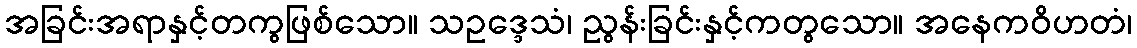
အခြင်းအရာနှင့်တကွဖြစ်သော။ သဥဒ္ဒေသံ၊ ညွန်းခြင်းနှင့်ကတွသော။ အနေကဝိဟတံ၊